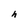
Character: h